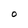
Character: O